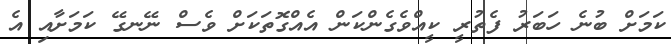
ކަމަށް ބުނެ ހަބަރު ފެތުރީ ކީއްވެގެންކަން އެއްގޮތަކަށް ވެސް ނޭނގޭ ކަމަށާއި އެ